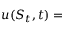
u ( S _ { t } , t ) =